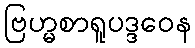
ဗြဟ္မစာရူပဒ္ဒဝေန